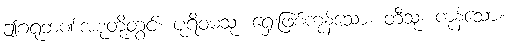
ဤဂရုဘဏ်အစုတို့တွင်။ ပုရိဝမသု၊ ရှေးဖြစ်ကုန်သော။ တီသု၊ ကုန်သော။